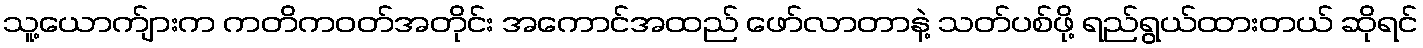
သူ့ယောက်ျားက ကတိကဝတ်အတိုင်း အကောင်အထည် ဖော်လာတာနဲ့ သတ်ပစ်ဖို့ ရည်ရွယ်ထားတယ် ဆိုရင်